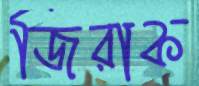
জিরাক